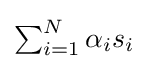
{\textstyle \sum _{i=1}^{N}\alpha _{i}s_{i}}